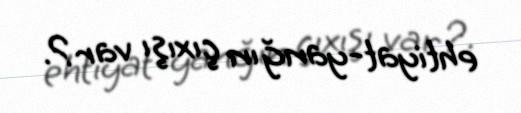
ehtiyat-yanğın çıxışı var?.